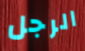
الرجل